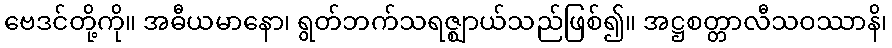
ဗေဒင်တို့ကို။ အဓီယမာနော၊ ရွတ်ဘက်သရဇ္ဈာယ်သည်ဖြစ်၍။ အဋ္ဌစတ္တာလီသဝဿာနိ၊